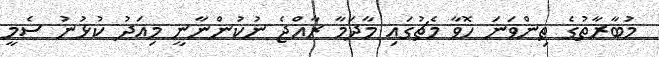
މުބާރާތުގެ ތިންވަނަ ހޮވާ މެޗުގައި މާދަމާ ރާއްޖެ ނުކުންނާނީ މިއަދު ކުޅުނު ސެމީ